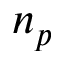
n _ { p }